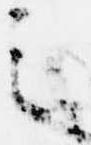
之